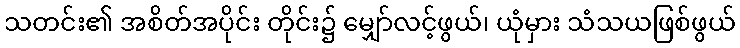
သတင်း၏ အစိတ်အပိုင်း တိုင်း၌ မျှော်လင့်ဖွယ်၊ ယုံမှား သံသယဖြစ်ဖွယ်